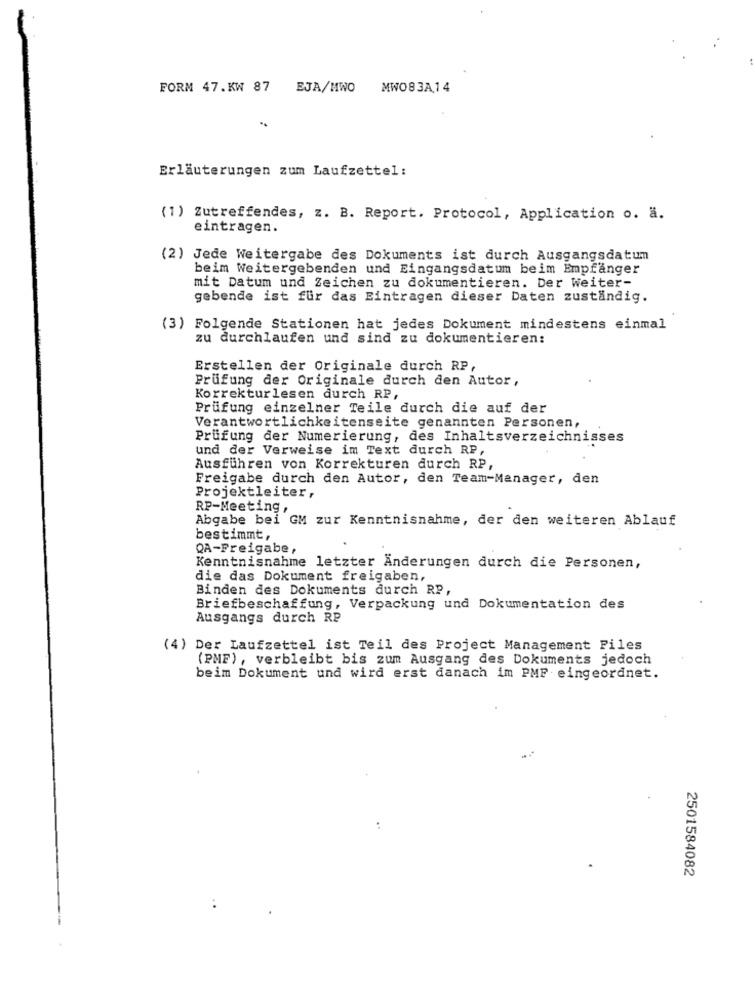
FORM 47. KW 87 EJA/MWO
MWO83A14
Erläuterungen zum Laufzettel:
(1) Zutreffendes, z. B. Report. Protocol, Application o. a.
eintragen.
(2) Jede Weitergabe des Dokuments ist durch Ausgangsdatum
beim Weitergebenden und Eingangsdatum beim Empfänger
mit Datum und Zeichen zu dokumentieren. Der Weiter-
gebende ist für das Eintragen dieser Daten zuständig.
(3) Folgende Stationen hat jedes Dokument mindestens einmal
zu durchlaufen und sind zu dokumentieren:
Erstellen der Originale durch RP,
Prüfung der Originale durch den Autor,
Korrekturlesen durch RP,
Prüfung einzelner Teile durch die auf der
Verantwortlichkeitenseite genannten Personen,
Prüfung der Numerierung, des Inhaltsverzeichnisses
und der Verweise im Text durch RP,
Ausführen von Korrekturen durch RP,
Freigabe durch den Autor, den Team-Manager, den
Projektleiter,
RP-Meeting ,
Abgabe bei GM zur Kenntnisnahme, der den weiteren Ablauf
bestimmt,
QA-Freigabe ,
Kenntnisnahme letzter Änderungen durch die Personen,
die das Dokument freigaben,
Binden des Dokuments durch RP,
Briefbeschaffung, Verpackung und Dokumentation des
Ausgangs durch RP
(4) Der Laufzettel ist Teil des Project Management Files
(PMF), verbleibt bis zum Ausgang des Dokuments jedoch
beim Dokument und wird erst danach im PMP eingeordnet.
2501584082